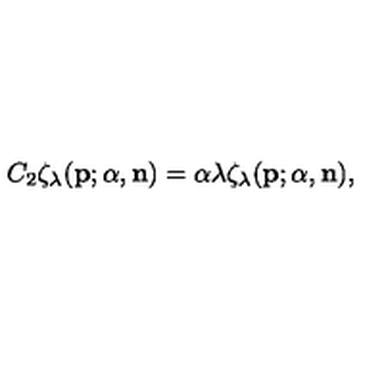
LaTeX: C _ { 2 } \zeta _ { \lambda } ( { \bf p } ; { \alpha } , { \bf n } ) = { \alpha } { \lambda } \zeta _ { \lambda } ( { \bf p } ; { \alpha } , { \bf n } ) ,